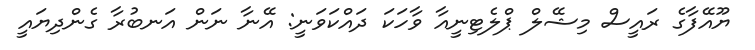
ޔޫއޭފާގެ ރައީސް މިޝޭލް ޕްލެޓިނީއާ ވާހަކަ ދައްކަވަނީ: އޭނާ ނަން އަނބުރާ ގެންދިޔައީ